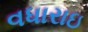
વધારાઇ